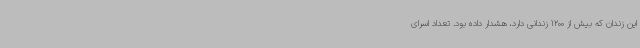
این زندان که بیش از 1200 زندانی دارد، هشدار داده بود. تعداد اسرای